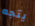
يتجه